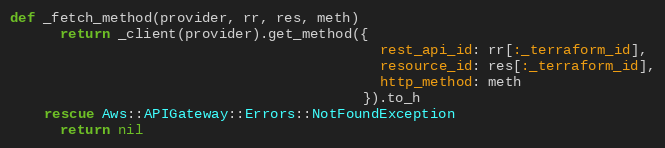
Language: Ruby
def _fetch_method(provider, rr, res, meth)
      return _client(provider).get_method({
                                            rest_api_id: rr[:_terraform_id],
                                            resource_id: res[:_terraform_id],
                                            http_method: meth
                                          }).to_h
    rescue Aws::APIGateway::Errors::NotFoundException
      return nil